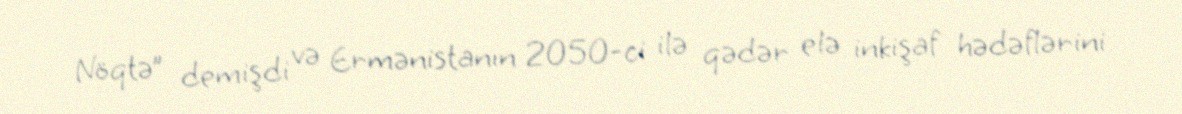
Nöqtə” demişdi və Ermənistanın 2050-ci ilə qədər elə inkişaf hədəflərini